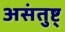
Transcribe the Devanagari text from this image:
असंतुष्ट्